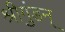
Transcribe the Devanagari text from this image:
श्रीगुंडन्